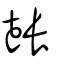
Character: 𨲗